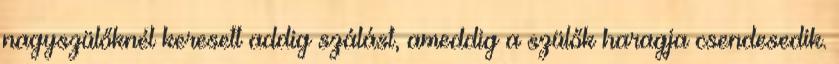
nagyszülőknél keresett addig szálást, ameddig a szülők haragja csendesedik.